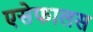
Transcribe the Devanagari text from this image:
एसेफालस